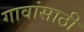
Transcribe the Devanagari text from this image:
गावांसाठी